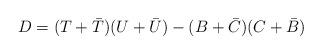
LaTeX: \begin{align*}D=(T+\bar{T})(U+\bar{U})-(B+\bar{C})(C+\bar{B})\end{align*}